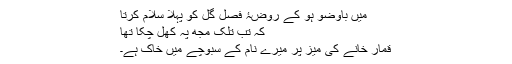
میں باوضو ہو کے روضۂ فصلِ گل کو پہلا سلام کرتا
کہ تب تلک مجھ پہ کھل چکا تھا
قمار خانے کی میز پر میرے نام کے سبوچے میں خاک ہے۔